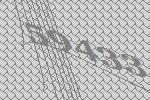
59433